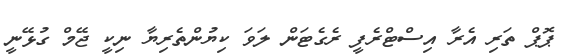
ޕޮޕް ތަރި އެރާ އިސްޓްރެފީ ރެގެޓަން ލަވަ ކިޔުންތެރިޔާ ނިކީ ޖޭމް ގުޅޭނީ